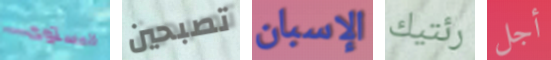
المستوى تصبحين الإسبان رئتيك أجل